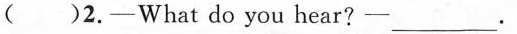
( )2. -What do you hear?-___.